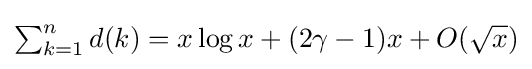
{\textstyle \sum _{k=1}^{n}d(k)=x\log x+(2\gamma -1)x+O({\sqrt {x}})}